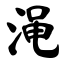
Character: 渑